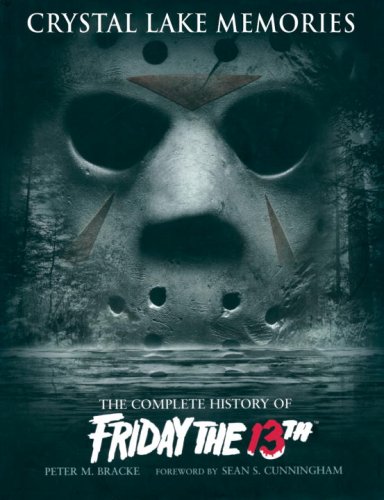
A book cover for Crystal Lake Memories: The Complete History of Friday The 13th; Peter M. Bracke; Humor & Entertainment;